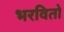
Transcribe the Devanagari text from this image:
भरवितो